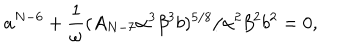
LaTeX: a ^ { N - 6 } + \frac { 1 } { \omega } ( A _ { N - 7 } \alpha ^ { 3 } \beta ^ { 3 } b ) ^ { 5 / 8 } / \alpha ^ { 2 } \beta ^ { 2 } b ^ { 2 } = 0 ,